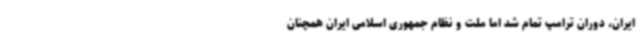
ایران، دوران ترامپ تمام شد اما ملت و نظام جمهوری اسلامی ایران همچنان